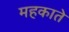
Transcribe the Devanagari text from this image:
महकाते